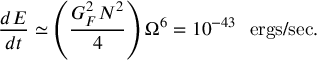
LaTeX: \frac { d E } { d t } \simeq \left( \frac { G _ { F } ^ { 2 } N ^ { 2 } } { 4 } \right) \Omega ^ { 6 } = 1 0 ^ { - 4 3 } ~ ~ \mathrm { e r g s / s e c } .